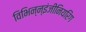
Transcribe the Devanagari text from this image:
विभिन्‍न्‍इंजीनियरिंग